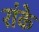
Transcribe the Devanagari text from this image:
रांके